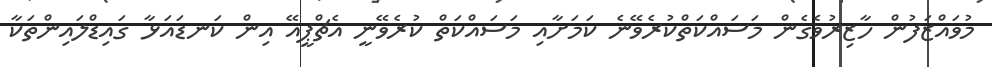
މުވައްޒަފުން ހާޒިރުވެގެން މަސައްކަތްކުރެވޭނެ ކަމަށާއި މަސައްކަތް ކުރެވޭނީ އެޗްޕީއޭ އިން ކަނޑައަޅާ ގައިޑްލައިންތަކާ